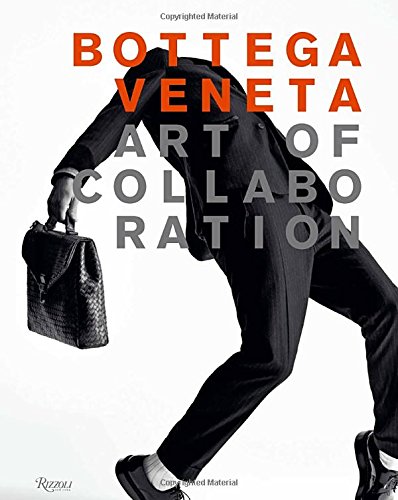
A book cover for Bottega Veneta: Art of Collaboration; Tomas Maier; Humor & Entertainment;